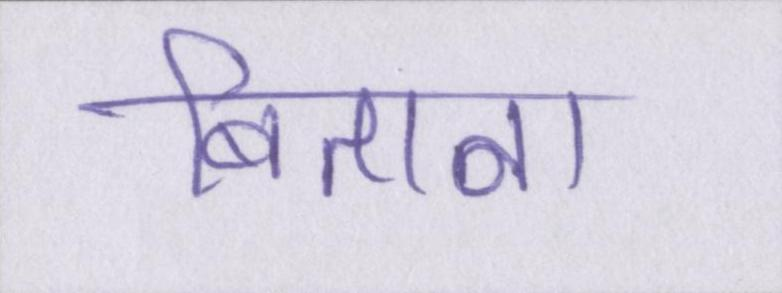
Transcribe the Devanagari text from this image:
बिताना